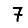
Digit: 7